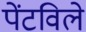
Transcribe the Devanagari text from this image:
पेंटविले